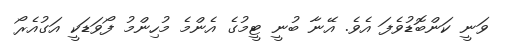
ވަނީ ކަންބޮޑުވެފަ އެވެ. އޭނާ ބުނީ ޓީމުގެ އެންމެ މުހިންމު ފޯވަޑަކީ އަގުއެރޯ